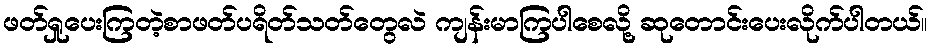
ဖတ်ရှုပေးကြတဲ့စာဖတ်ပရိတ်သတ်တွေလဲ ကျန်းမာကြပါစေလို့ ဆုတောင်းပေးလိုက်ပါတယ်။